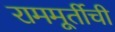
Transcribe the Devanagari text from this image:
राममूर्तीची